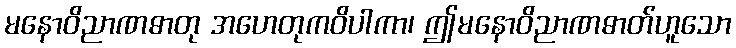
မနောဝိညာဏဓာတု အဟေတုကဝိပါကာ၊ ဤမနောဝိညာဏဓာတ်ဟူသော